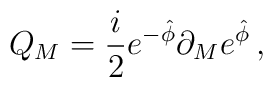
Q_M =  {i\over 2} e^{-\hat \phi} \partial_M e^{ \hat \phi} \, ,